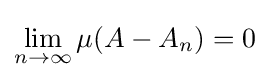
\lim _{n\rightarrow \infty }\mu (A-A_{n})=0